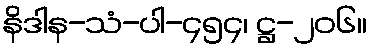
နိဒါန-သံ-ပါ-၄၅၄၊ ဋ္ဌ-၂၀၆။